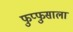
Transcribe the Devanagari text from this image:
फुप्फुसाला